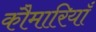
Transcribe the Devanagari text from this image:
कौमारियाँ